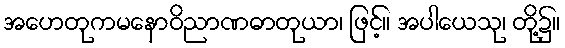
အဟေတုကမနောဝိညာဏဓာတုယာ၊ ဖြင့်။ အပါယေသု၊ တို့၌။